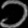
Digit: ၁